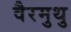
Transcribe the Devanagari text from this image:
वैरमुथु